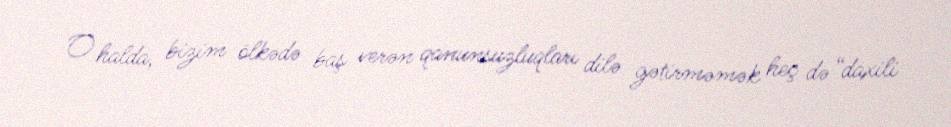
O halda, bizim ölkədə baş verən qanunsuzluqları dilə gətirməmək heç də “daxili